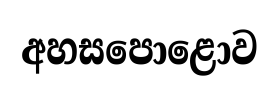
අහසපොළොව